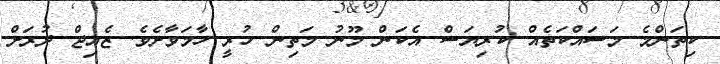
ކިތަންމެ މަސައްކަތެއް ކުރިޔަސް އެކަން މޫނު މަތިން ހުރީ ހާމަވާށެވެ. ޒެއިޖް ދުރަށް